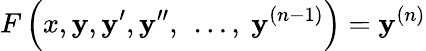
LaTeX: F\left(x,\mathbf{y},\mathbf{y}^{\prime},\mathbf{y}^{\prime\prime},\ \ldots,\ \mathbf{y}^{(n-1)}\right)=\mathbf{y}^{(n)}